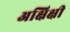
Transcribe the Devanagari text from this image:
अक्षिक्षी